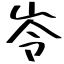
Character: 岺